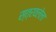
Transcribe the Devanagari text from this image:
स्त्रवलेला